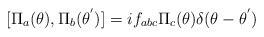
\begin{align*}[{\Pi}_a({\theta}),{\Pi}_b({\theta}^{'})]=i f_{abc}{\Pi}_c({\theta}) {\delta}(\theta -{\theta}^{'})\end{align*}